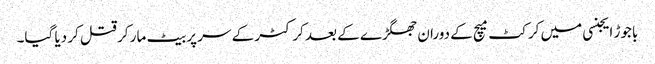
باجوڑ ایجنسی میں کرکٹ میچ کے دوران جھگڑے کے بعد کرکٹر کے سر پر بیٹ مار کر قتل کر دیا گیا۔